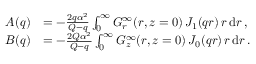
\begin{array} { r l } { A ( q ) } & { = - \frac { 2 q \alpha ^ { 2 } } { Q - q } \int _ { 0 } ^ { \infty } G _ { r } ^ { \infty } ( r , z = 0 ) \, J _ { 1 } ( q r ) \, r \, \mathrm { d } r \, , } \\ { B ( q ) } & { = - \frac { 2 Q \alpha ^ { 2 } } { Q - q } \int _ { 0 } ^ { \infty } G _ { z } ^ { \infty } ( r , z = 0 ) \, J _ { 0 } ( q r ) \, r \, \mathrm { d } r \, . } \end{array}